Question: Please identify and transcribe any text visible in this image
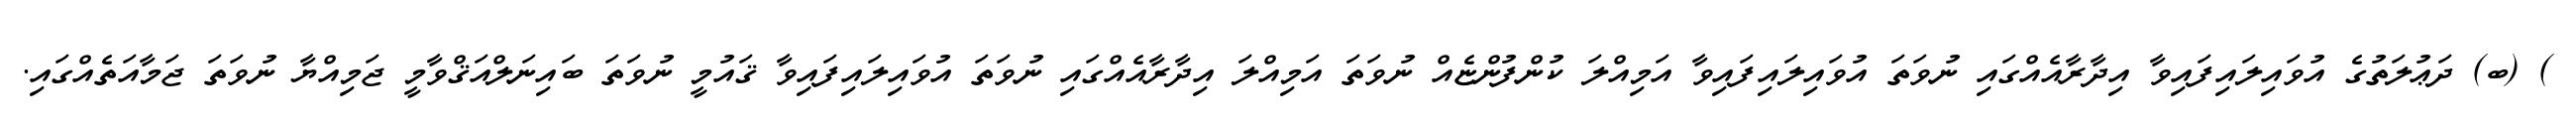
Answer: ) (ބ) ދަޢުލަތުގެ އުވައިލައިފައިވާ އިދާރާއެއްގައި ނުވަތަ އުވައިލައިފައިވާ އަމިއްލަ ކުންފުންޏެއް ނުވަތަ އަމިއްލަ އިދާރާއެއްގައި ނުވަތަ އުވައިލައިފައިވާ ޤައުމީ ނުވަތަ ބައިނަލްއަޤްވާމީ ޖަމިއްޔާ ނުވަތަ ޖަމާއަތެއްގައި.